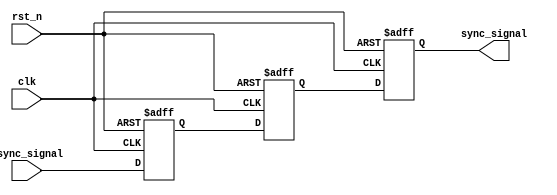
module triple_ff_synchronizer (
    input wire clk,               // Clock signal
    input wire rst_n,             // Active low reset signal
    input wire async_signal,      // Asynchronous input signal
    output reg sync_signal        // Synchronized output signal
);

    // Internal signals for the flip-flops
    reg sync_signal_1;            // Output of the first flip-flop
    reg sync_signal_2;            // Output of the second flip-flop

    // Sequential logic for the flip-flops
    always @(posedge clk or negedge rst_n) begin
        if (!rst_n) begin
            // Reset all flip-flops to 0
            sync_signal <= 1'b0;
            sync_signal_1 <= 1'b0;
            sync_signal_2 <= 1'b0;
        end else begin
            // First flip-flop captures the asynchronous signal
            sync_signal_1 <= async_signal;
            // Second flip-flop captures the output of the first
            sync_signal_2 <= sync_signal_1;
            // Third flip-flop captures the output of the second
            sync_signal <= sync_signal_2;
        end
    end

endmodule